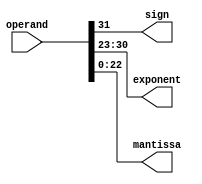
module IEEE754(input [31:0]operand, output sign, output [7:0]exponent, output [22:0]mantissa); //splits the 32 bit number into sign, exponent, mantissa following the IEEE 754 format
    assign sign = operand[31];
    assign exponent = operand[30:23];
    assign mantissa = operand[22:0];
endmodule